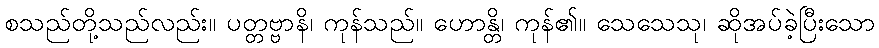
စသည်တို့သည်လည်း။ ပတ္တဗ္ဗာနိ၊ ကုန်သည်။ ဟောန္တိ၊ ကုန်၏။ သေသေသု၊ ဆိုအပ်ခဲ့ပြီးသော